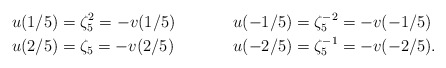
\begin{align*}u(1/5) & =\zeta_5^2=-v(1/5) & u(-1/5) & =\zeta_5^{-2} = -v(-1/5)\\u(2/5) & =\zeta_5=-v(2/5) & u(-2/5) & =\zeta_5^{-1} = -v(-2/5).\end{align*}